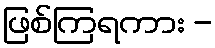
ဖြစ်ကြရကား -